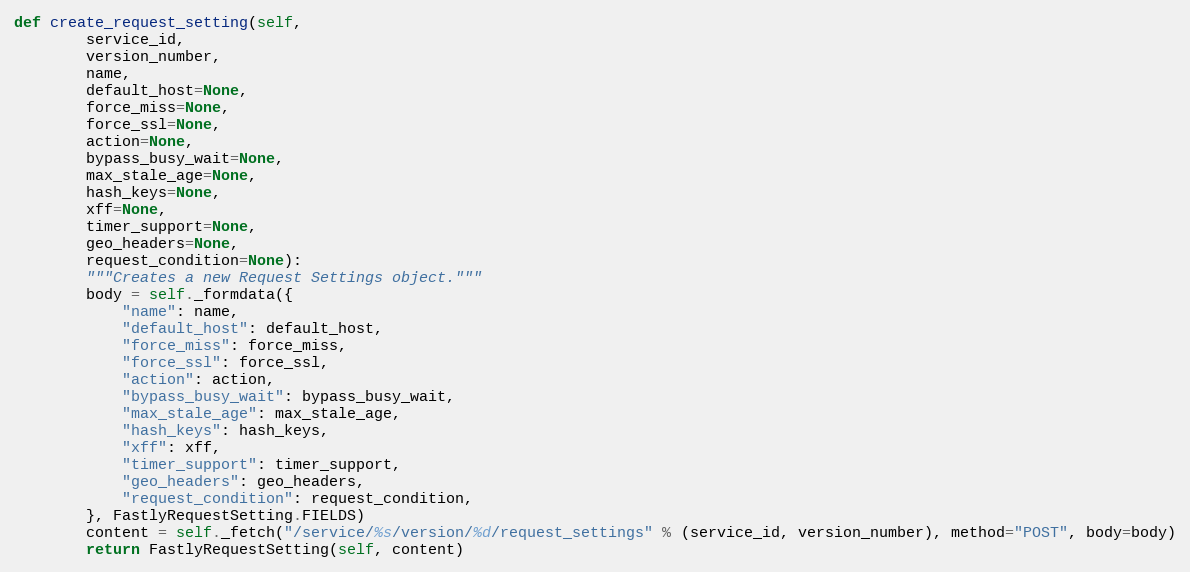
Language: Python
def create_request_setting(self,
		service_id,
		version_number,
		name,
		default_host=None,
		force_miss=None,
		force_ssl=None,
		action=None,
		bypass_busy_wait=None,
		max_stale_age=None,
		hash_keys=None,
		xff=None,
		timer_support=None,
		geo_headers=None,
		request_condition=None):
		"""Creates a new Request Settings object."""
		body = self._formdata({
			"name": name,
			"default_host": default_host,
			"force_miss": force_miss,
			"force_ssl": force_ssl,
			"action": action,
			"bypass_busy_wait": bypass_busy_wait,
			"max_stale_age": max_stale_age,
			"hash_keys": hash_keys,
			"xff": xff,
			"timer_support": timer_support,
			"geo_headers": geo_headers,
			"request_condition": request_condition,
		}, FastlyRequestSetting.FIELDS)
		content = self._fetch("/service/%s/version/%d/request_settings" % (service_id, version_number), method="POST", body=body)
		return FastlyRequestSetting(self, content)